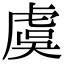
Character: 虞